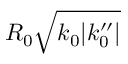
R _ { 0 } \sqrt { k _ { 0 } | k _ { 0 } ^ { \prime \prime } | }